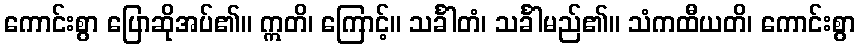
ကောင်းစွာ ပြောဆိုအပ်၏။ ဣတိ၊ ကြောင့်။ သင်္ခါတံ၊ သင်္ခါမည်၏။ သံကထီယတိ၊ ကောင်းစွာ